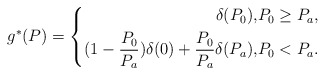
\begin{align*}g^*(P) = \left\{\begin{aligned}\delta(P_0), &P_0 \geq P_a, \\(1- \frac{P_0}{P_a})\delta(0) + \frac{P_0}{P_a}\delta(P_a), &P_0 < P_a.\end{aligned}\right.\end{align*}